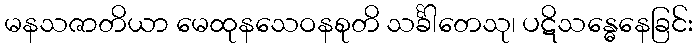
မနသဇာတိယာ မေထုနသေဝနစုတိ သင်္ခါတေသု၊ ပဋိသန္ဓေနေခြင်း